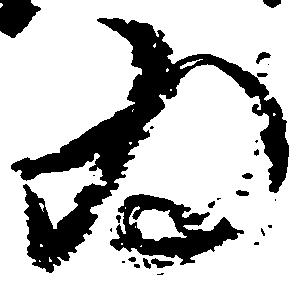
為